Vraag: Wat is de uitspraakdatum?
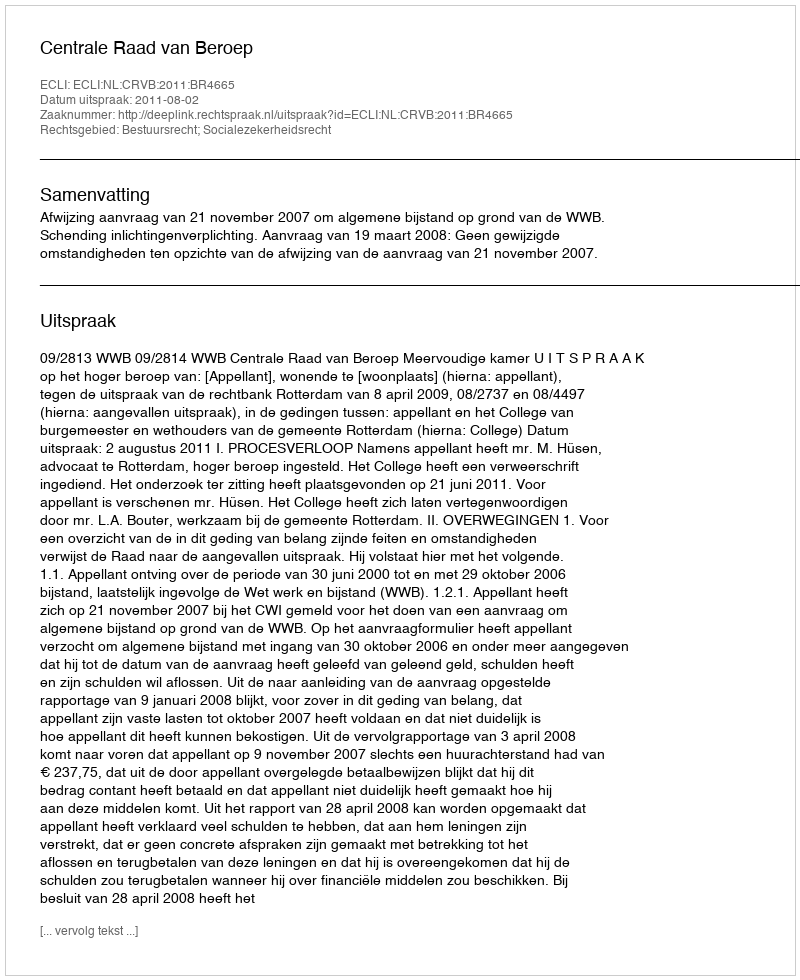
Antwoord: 2011-08-02